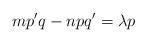
LaTeX: \begin{align*}mp'q-npq'=\lambda p\end{align*}